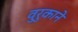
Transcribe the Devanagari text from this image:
वुरुकाने